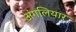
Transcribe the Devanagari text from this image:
अंगलियार